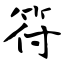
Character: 符